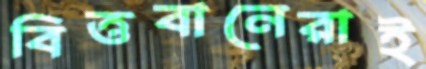
বিত্তবানেরাই